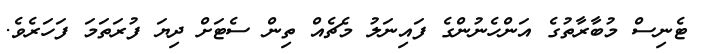
ޓެނިސް މުބާރާތުގެ އަންހެނުންގެ ފައިނަލު މެޗެއް ތިން ސެޓަށް ދިޔަ ފުރަތަމަ ފަހަރެވެ.